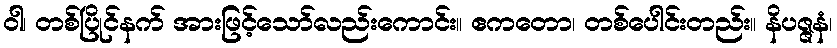
ဝါ၊ တစ်ပြိုင်နက် အားဖြင့်သော်လည်းကောင်း။ ဧကတော၊ တစ်ပေါင်းတည်း။ နိပဇ္ဇနံ၊